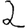
Digit: 2